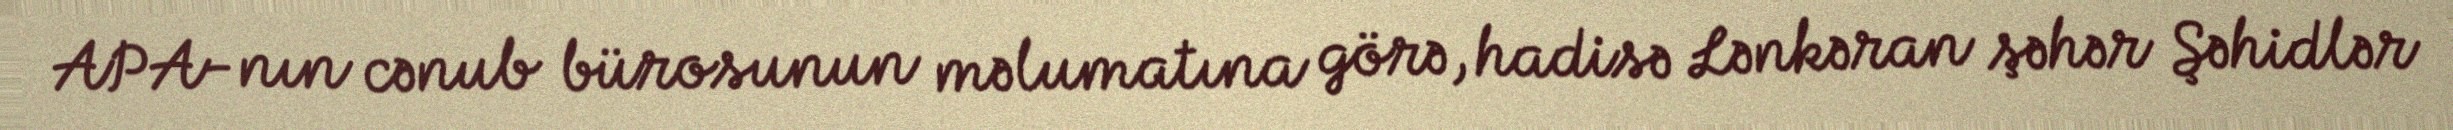
APA-nın cənub bürosunun məlumatına görə, hadisə Lənkəran şəhər Şəhidlər